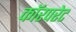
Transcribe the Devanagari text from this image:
कॉरपरेट